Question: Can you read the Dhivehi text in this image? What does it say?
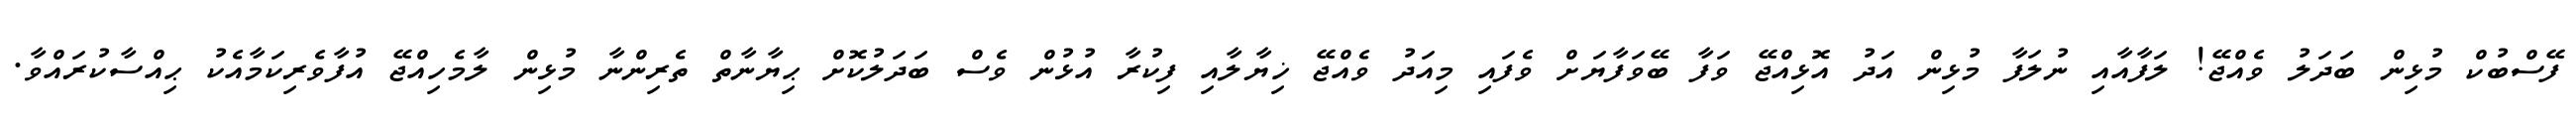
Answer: ފޭސްބުކް މުޅިން ބަދަލު ވެއްޖޭ! ލަފާއާއި ނުލަފާ މުޅިން އަދު އޮޅިއްޖޭ ވަފާ ބޭވަފާޔަށް ވެފައި މިއަދު ވެއްޖޭ ޚިޔާލާއި ފިކުރާ އުޅުން ވެސް ބަދަލުކޮށް ޙިޔާނާތް ތެރިންނާ މުޅިން ލާމެހިއްޖޭ އުފާވެރިކަމާއެކު ޙިއްސާކުރައްވާ.